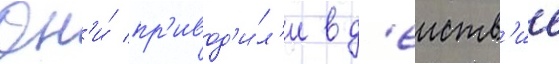
Он'и́ пр'ивод'и́л'и в д'еиств'ие